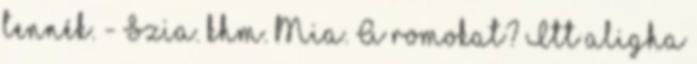
tennék. - Szia. khm. Mia. A romokat? Itt aligha